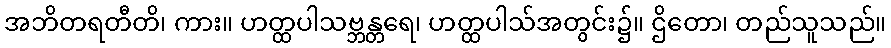
အဘိတရတီတိ၊ ကား။ ဟတ္ထပါသဗ္ဘန္တရေ၊ ဟတ္ထပါသ်အတွင်း၌။ ဌိတော၊ တည်သူသည်။